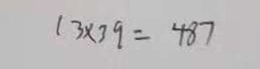
1 3 \times 3 9 = 4 8 7